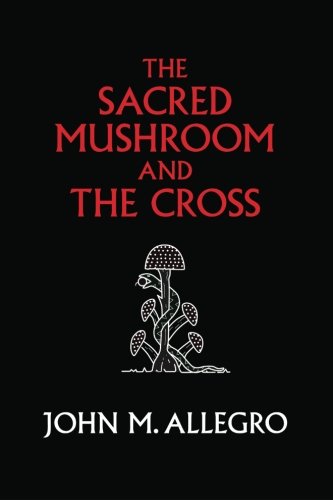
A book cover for The Sacred Mushroom and The Cross: A study of the nature and origins of Christianity within the fertility cults of the ancient Near East; John M. Allegro; Parenting & Relationships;